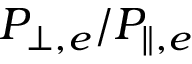
{ P _ { \bot , e } } / { P _ { \parallel , e } }